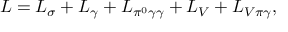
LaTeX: { \cal L } = { \cal L } _ { \sigma } + { \cal L } _ { \gamma } + { \cal L } _ { \pi ^ { 0 } \gamma \gamma } + { \cal L } _ { V } + { \cal L } _ { V \pi \gamma } ,